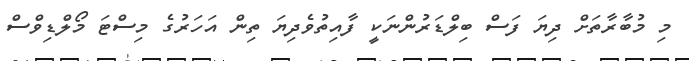
މި މުބާރާތަށް ދިޔަ ފަސް ބިލްޑަރުންނަކީ ފާއިތުވެދިޔަ ތިން އަހަރުގެ މިސްޓަ މޯލްޑިވްސް